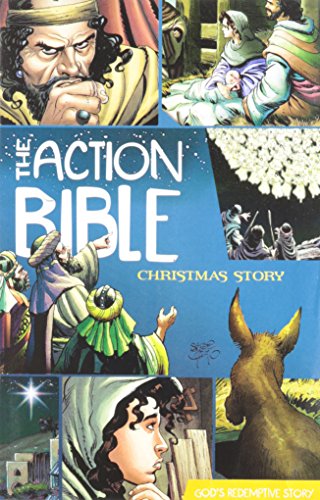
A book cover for The Action Bible Christmas Story 25-Pack (Action Bible Series); Christian Books & Bibles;